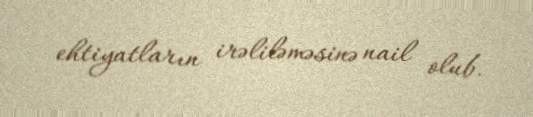
ehtiyatların irəliləməsinə nail olub.